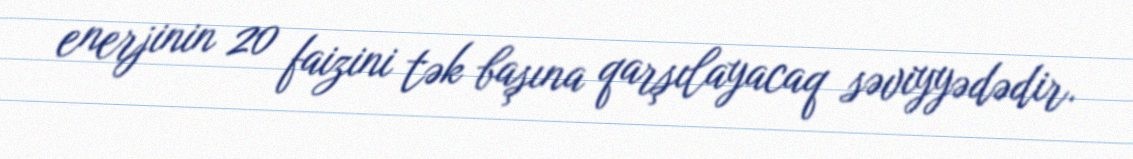
enerjinin 20 faizini tək başına qarşılayacaq səviyyədədir.